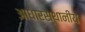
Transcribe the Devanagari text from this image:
आधारस्थानीय